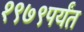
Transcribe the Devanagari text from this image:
१९७९पर्यंत